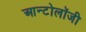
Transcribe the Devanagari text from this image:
आन्टोलॉजी